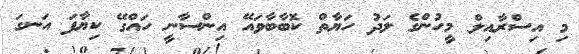
މި އިސްރާއިލް މީހުންގެ ލަދު ހަޔާތް ކޮބާބާވައޭ އިންސާނީ ހައްގޭ ކިޔާފަ އަނގަ